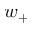
w _ { + }